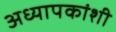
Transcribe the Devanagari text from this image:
अध्यापकांशी